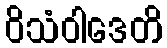
ဝိသံဝါဒေတိ